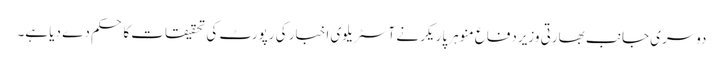
دوسری جانب بھارتی وزیردفاع منوہر پاریکر نے آسٹریلوی اخبار کی رپورٹ کی تحقیقات کا حکم دے دیا ہے۔